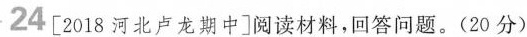
24[2018河北卢龙期中]阅读材料，回答问题。(20分)